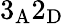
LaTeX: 3_{\mathrm{A}}2_{\mathrm{D}}